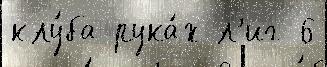
клу́ба рука́х л'иг 6